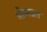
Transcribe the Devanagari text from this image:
भीष्मव्रत